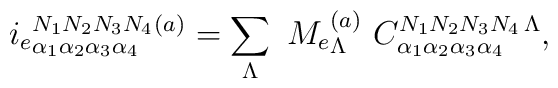
i_{e}{}^{ N_1 N_2 N_3 N_4}_{\alpha_1\alpha_2\alpha_3\alpha_4}{}^{(a)} = \sum_{\Lambda} \ M_{e}{}^{(a)}_{\Lambda}\ {C}^{ N_1 N_2 N_3 N_4\,\Lambda}_{\alpha_1\alpha_2\alpha_3\alpha_4},